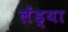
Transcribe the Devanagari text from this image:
लेंड्या